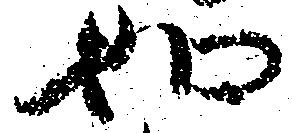
如